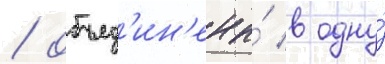
/ объед'ин'ены́ в одну́